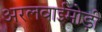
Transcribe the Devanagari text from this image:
अरलवाईमोड़ी